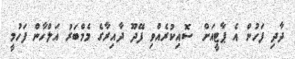
ދާދި ފަހުން އެ ޕާޓީއަށް ސޮއިކުރެއްވި ފޭދޫ ދާއިރާގެ މެމްބަރު އަލްހާން ފަހުމީ